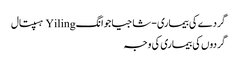
گردے کی بیماری - شاجیاجوانگ Yiling ہسپتال
گردوں کی بیماری کی وجہ